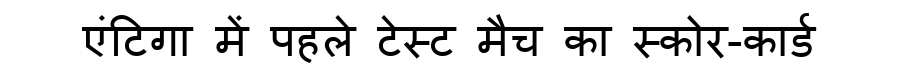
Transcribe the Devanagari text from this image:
एंटिगा में पहले टेस्ट मैच का स्कोर-कार्ड